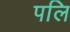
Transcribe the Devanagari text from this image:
पलि